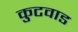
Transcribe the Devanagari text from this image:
कुटवाड